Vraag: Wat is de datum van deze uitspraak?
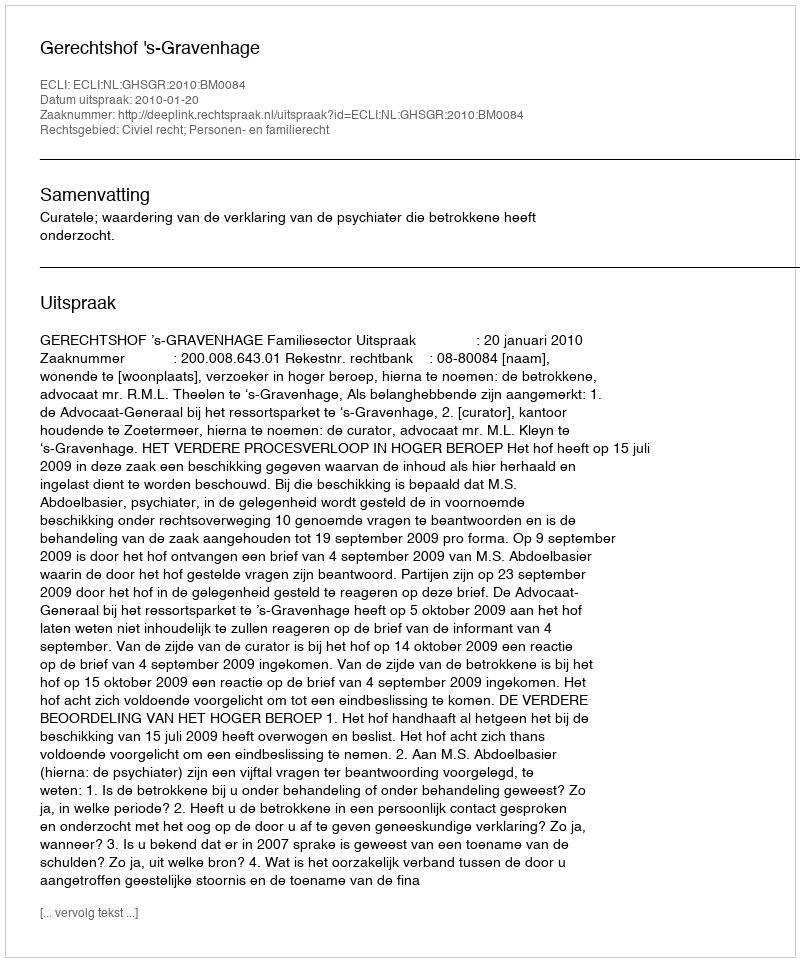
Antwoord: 2010-01-20